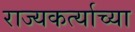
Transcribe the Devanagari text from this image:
राज्यकर्त्याच्या